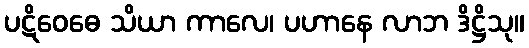
ပဋိဝေဓေ သိယာ ကာလေ၊ ပဟာနေ လာဘ ဒိဋ္ဌိသု။